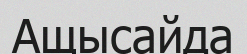
Ащысайда